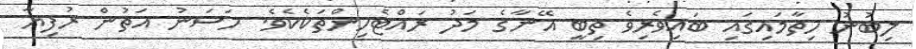
ލިބުނު ހިތާމައިގައި ބައިވެރިވެ ތިބީ އޭނާގެ މަދު ރައްޓެހިންތަކެކެވެ. ހަސަނު އަތުން ރުފިޔާ